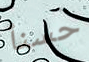
حسنأ